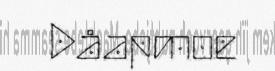
Dåapmoe